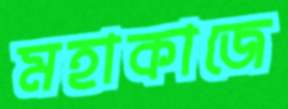
মহাকাজে